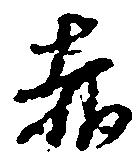
赤